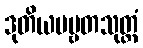
ဒုတိယပဗ္ဗတသုတ္တံ